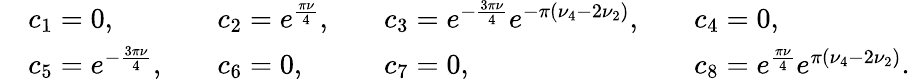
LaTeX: \begin{array}{rlrlrlrl}&{c_{1}=0,}&&{c_{2}=e^{\frac{\pi\nu}{4}},}&&{c_{3}=e^{-\frac{3\pi\nu}{4}}e^{-\pi(\nu_{4}-2\nu_{2})},}&&{c_{4}=0,}\\ &{c_{5}=e^{-\frac{3\pi\nu}{4}},}&&{c_{6}=0,}&&{c_{7}=0,}&&{c_{8}=e^{\frac{\pi\nu}{4}}e^{\pi(\nu_{4}-2\nu_{2})}.}\end{array}